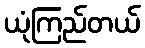
ယုံကြည်တယ်